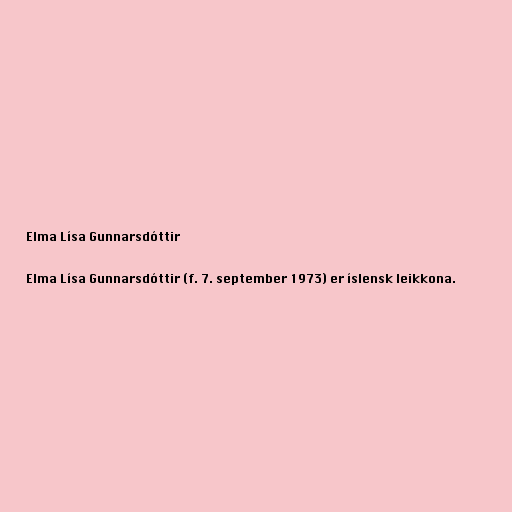
Elma Lísa Gunnarsdóttir

Elma Lísa Gunnarsdóttir (f. 7. september 1973) er íslensk leikkona.